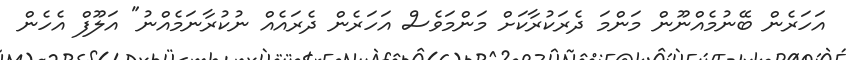
އަހަރެން ބޭނުމެއްނޫން މަންމަ ދެރަކުރާކަށް މަންމަވެސް އަހަރެން ދެރައެއް ނުކުރާނަމެއްނު" އަލޫފް އެހެން